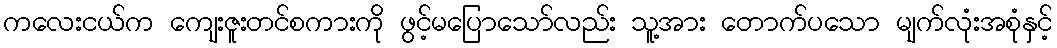
ကလေးငယ်က ကျေးဇူးတင်စကားကို ဖွင့်မပြောသော်လည်း သူ့အား တောက်ပသော မျက်လုံးအစုံနှင့်